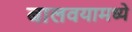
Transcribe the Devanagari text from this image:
बालवयामध्ये